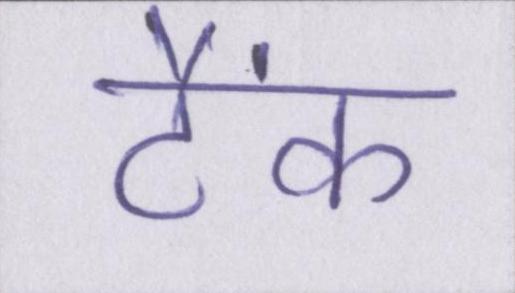
टैंक